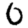
Digit: 0